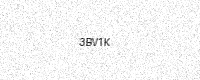
Text: 3BV1K